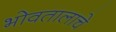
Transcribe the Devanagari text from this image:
भोवतालाचे